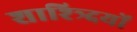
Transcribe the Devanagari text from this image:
शाश्त्र्दियों